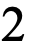
2